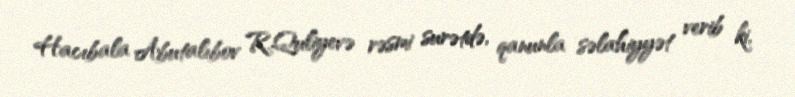
Hacıbala Abutalıbov R.Quliyevə rəsmi surətdə, qanunla səlahiyyət verib ki,